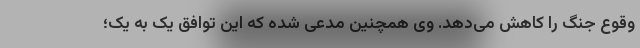
وقوع جنگ را کاهش می‌دهد. وی همچنین مدعی شده که این توافق یک به یک؛